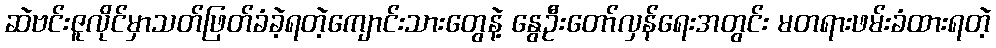
ဆဲဗင်းဇူလိုင်မှာသတ်ဖြတ်ခံခဲ့ရတဲ့ကျောင်းသားတွေနဲ့ နွေဦးတော်လှန်ရေးအတွင်း မတရားဖမ်းခံထားရတဲ့